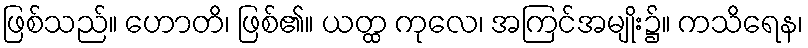
ဖြစ်သည်။ ဟောတိ၊ ဖြစ်၏။ ယတ္ထ ကုလေ၊ အကြင်အမျိုး၌။ ကသိရေန၊